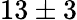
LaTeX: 13\pm 3